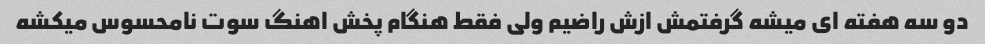
دو سه هفته ای میشه گرفتمش ازش راضیم ولی فقط هنگام پخش اهنگ سوت نامحسوس میکشه